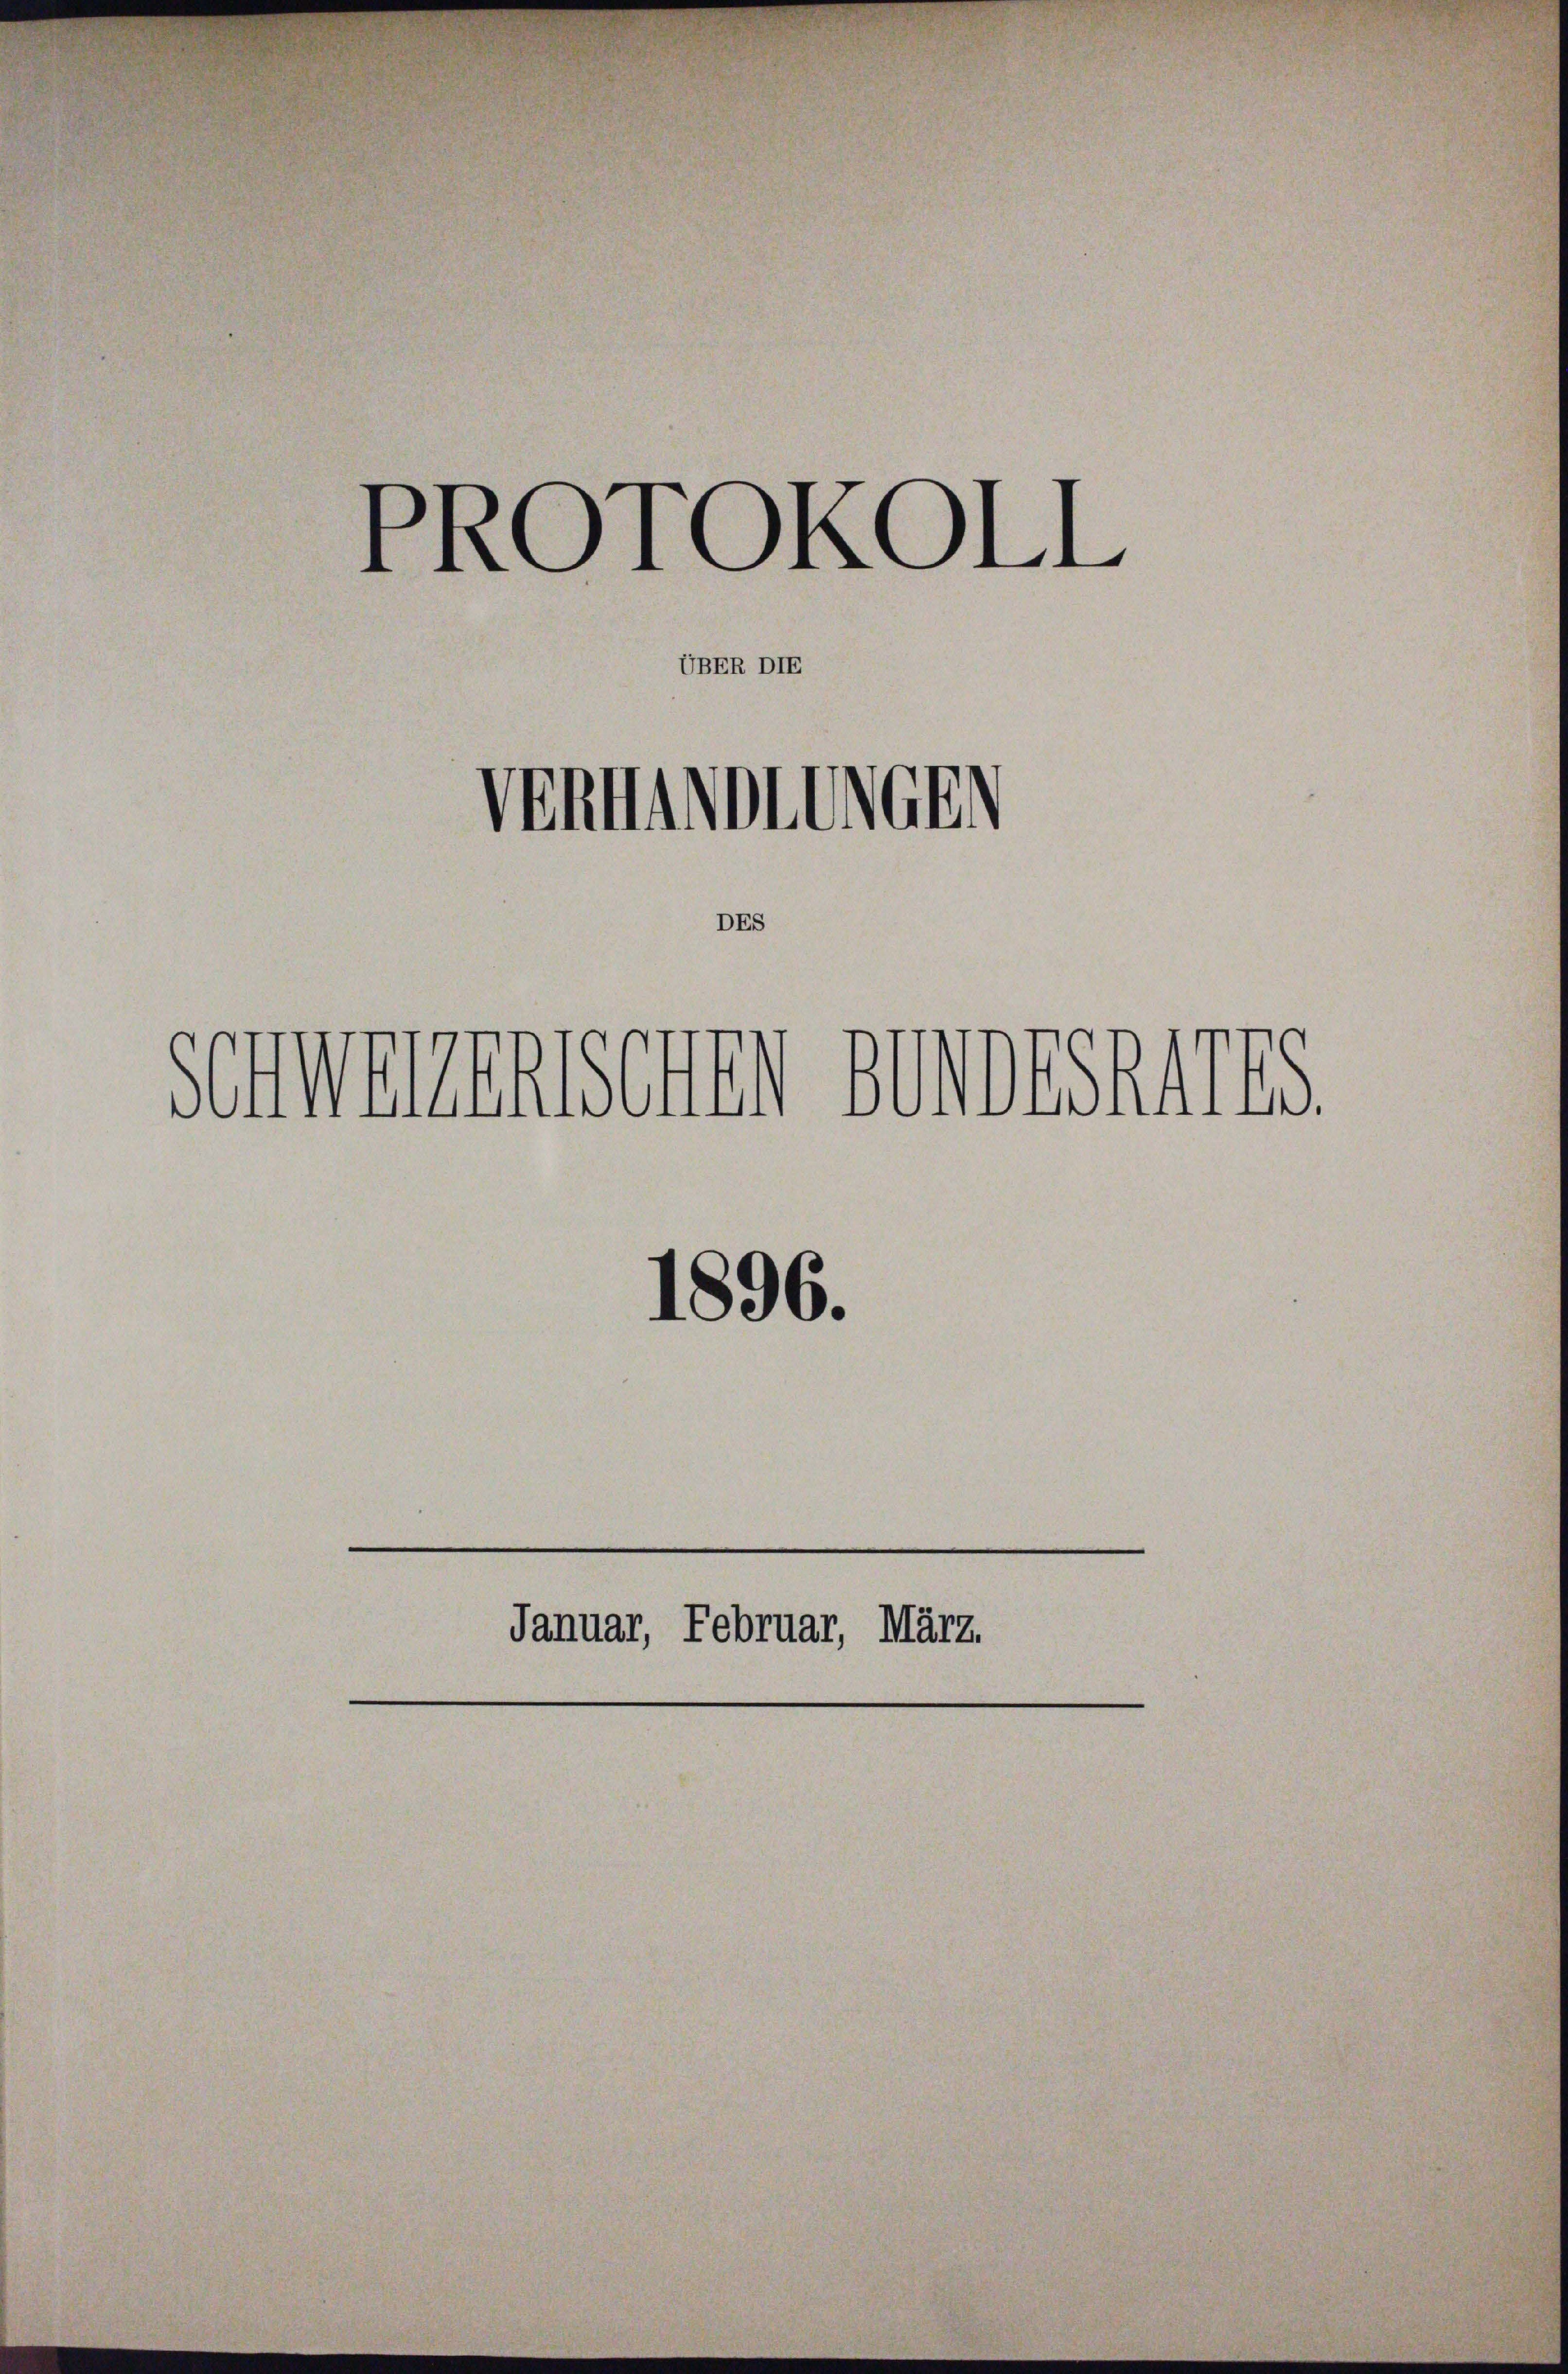
senwesenschen worderungs
1896.

PROTOKOLL
UBER DIE
Vermittlich

DES

Januar, Februar, März.